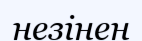
незінен